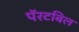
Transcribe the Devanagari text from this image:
पॅरटबिल